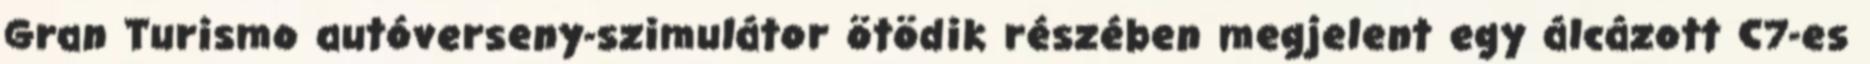
Gran Turismo autóverseny-szimulátor ötödik részében megjelent egy álcázott C7-es